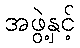
အဖွဲ့နှင့်